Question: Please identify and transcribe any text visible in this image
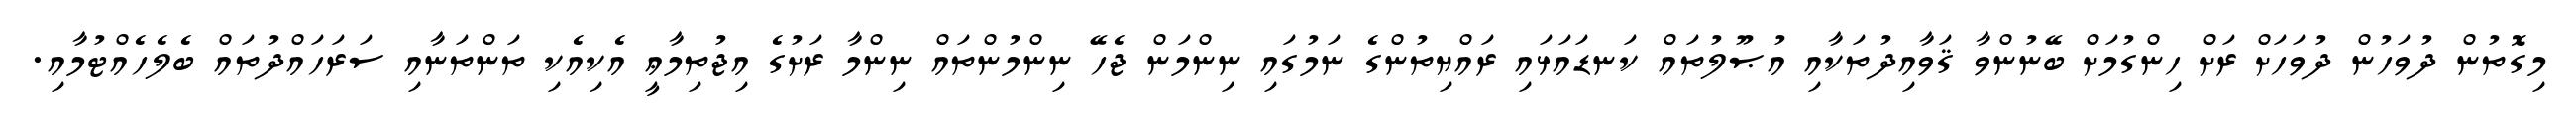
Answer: މިގޮތުން ދުވަހުން ދުވަހަށް ރަށް ހިންގުމަށް ބޭނުންވާ ޤަވާއިދުތަކާއި އުޞޫލުތައް ކަނޑައަޅައި ރައްޔިތުންގެ ނަމުގައި ނިންމަން ޖެހޭ ނިންމުންތައް ނިންމާ ރަށުގެ އިޖުތިމާޢީ އެކިއެކި ތަންތަނާއި ސަރަހައްދުތައް ބެލެހެއްޓުމާއި.